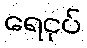
ရေငုပ်